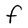
Character: F